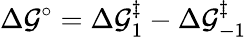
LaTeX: \Delta\mathcal{G}^{\circ}=\Delta\mathcal{G}_{1}^{\ddagger}-\Delta\mathcal{G}_{-1}^{\ddagger}